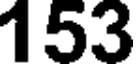
153